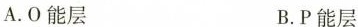
A.O能层 B.P能层